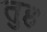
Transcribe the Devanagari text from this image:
तुह